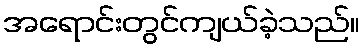
အရောင်းတွင်ကျယ်ခဲ့သည်။